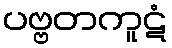
ပဗ္ဗတကူဋံ